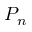
P _ { n }